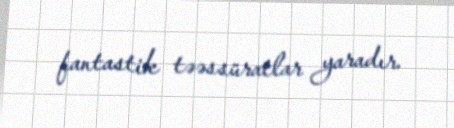
fantastik təəssüratlar yaradır.